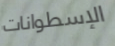
الإسطوانات